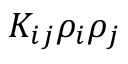
K _ { i j } \rho _ { i } \rho _ { j }